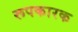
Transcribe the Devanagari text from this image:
रूपकारक